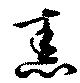
舂